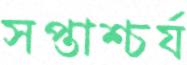
সপ্তাশ্চর্য